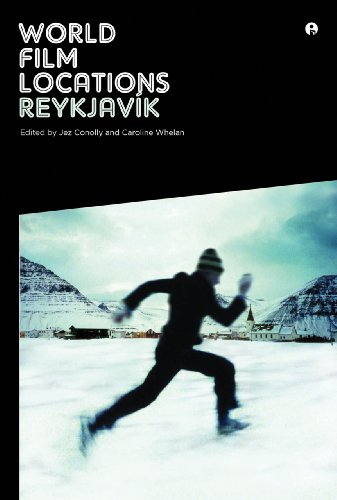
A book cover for World Film Locations: ReykjavÃ­k (Intellect Books - World Film Locations); Travel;